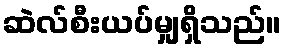
ဆဲလ်စီးယပ်မျှရှိသည်။